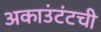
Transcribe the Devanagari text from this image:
अकाउंटंटची